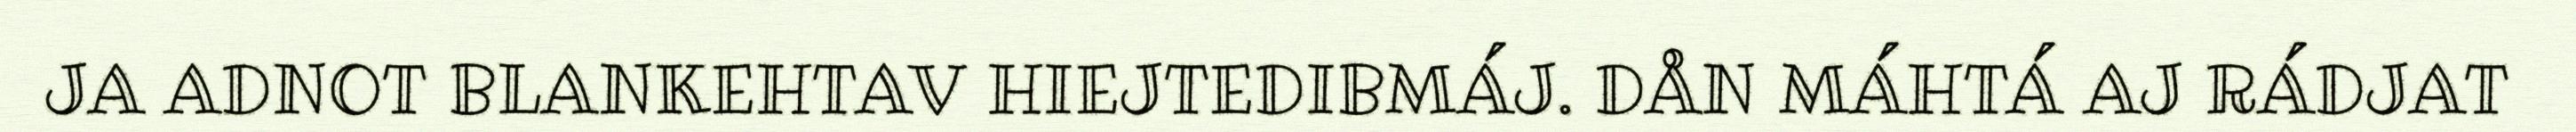
JA ADNOT BLANKEHTAV HIEJTEDIBMÁJ. DÅN MÁHTÁ AJ RÁDJAT